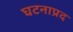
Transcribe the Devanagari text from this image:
घटनाप्रद